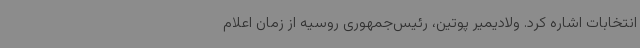
انتخابات اشاره کرد. ولادیمیر پوتین، رئیس‌جمهوری روسیه از زمان اعلام